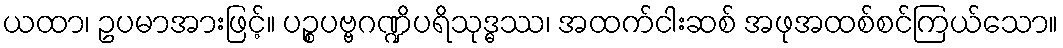
ယထာ၊ ဥပမာအားဖြင့်။ ပဉ္စပဗ္ဗဂဏ္ဍိပရိသုဒ္ဓဿ၊ အထက်ငါးဆစ် အဖုအထစ်စင်ကြယ်သော။